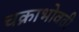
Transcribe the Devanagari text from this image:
चक्राभोवती